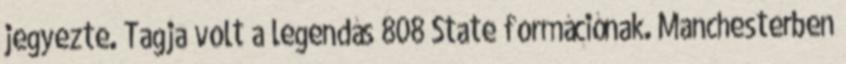
jegyezte. Tagja volt a legendás 808 State formációnak. Manchesterben